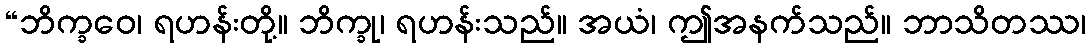
“ဘိက္ခဝေ၊ ရဟန်းတို့။ ဘိက္ခု၊ ရဟန်းသည်။ အယံ၊ ဤအနက်သည်။ ဘာသိတဿ၊